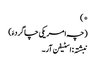
*)
(چہ امریکی چاگردءَ)
نبشتہ : اسٹیفن آر۔